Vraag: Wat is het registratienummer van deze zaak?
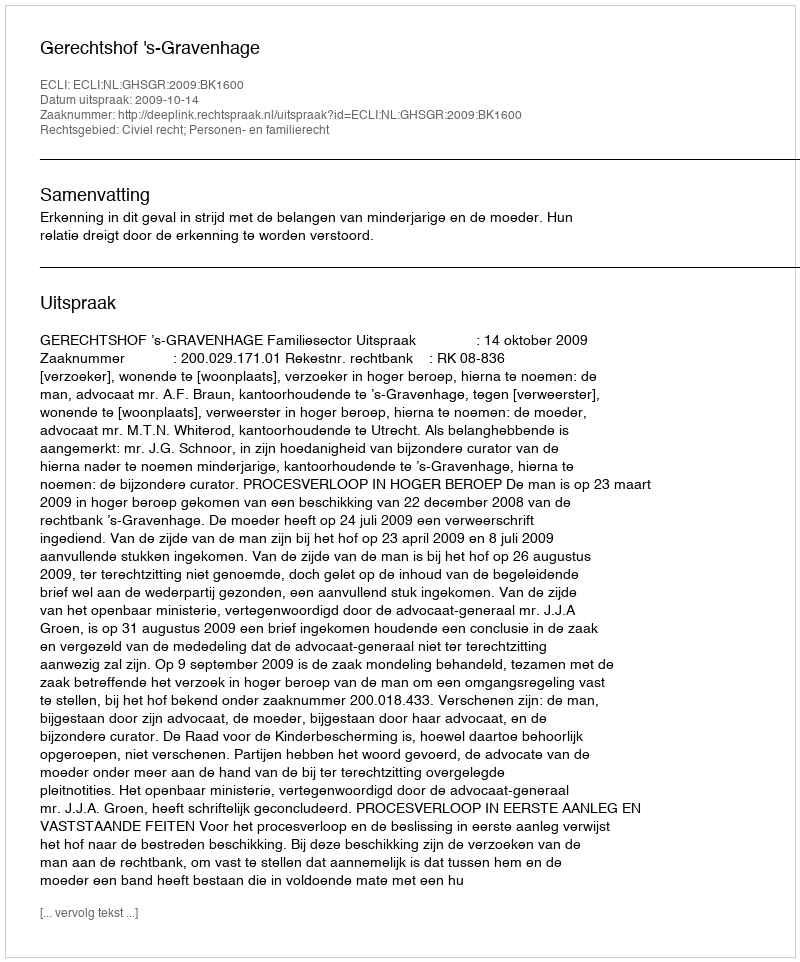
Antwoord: http://deeplink.rechtspraak.nl/uitspraak?id=ECLI:NL:GHSGR:2009:BK1600